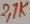
Text: 2.7K